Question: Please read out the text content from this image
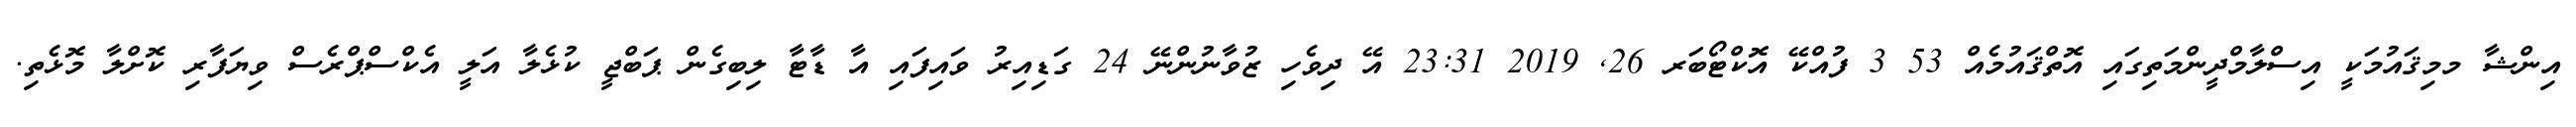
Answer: އިންޝާ މމިޤައުމަކީ އިސްލާމްދީންމަތިގައި އޮތްޤައުމެއް 53 3 ފުއްކޭ އޮކްޓޯބަރ 26, 2019 23:31 އޭ ދިވެހި ޒުވާނުންނޭ 24 ގަޑިއިރު ވައިފައި އާ ޑާޓާ ލިބިގެން ޕަބްޖީ ކުޅެލާ އަލީ އެކްސްޕްރެސް ވިޔަފާރި ކޮށްލާ މޮޅެތި.